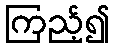
ကြည့်၍